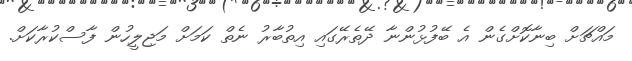
މައްޗަށް ބިނާކޮށްގެން އެ ބޭފުޅުންނާ ދޭތެރޭގައި އިތުބާރު ނެތް ކަމަށް މަޖިލީހުން ފާސްކުރާކަށް.